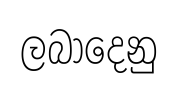
ලබාදෙනු